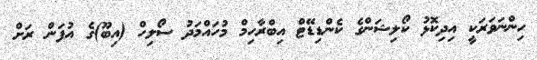
ހިންނަވަރަކީ އިދިކޮޅު ކޯލިޝަންގެ ކެންޑިޑޭޓް އިބްރާހިމް މުހައްމަދު ސޯލިހް (އިބޫ)ގެ އުފަން ރަށް